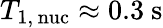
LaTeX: T_{\mathrm{1,\, nuc}}\approx 0.3~\mathrm{s}